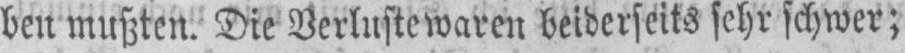
den mußten. Die Verluste waren beiderseits sehr schwer;